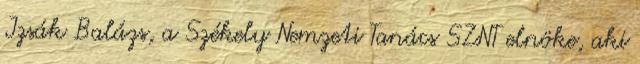
Izsák Balázs, a Székely Nemzeti Tanács SZNT elnöke, aki